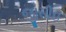
જીસીઇ